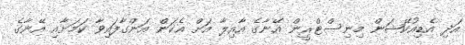
އަދި އެޑިއުކޭޝަން މިނިސްޓްރީން އޭނާގެ އާއިލާ އަށް އެކަން އަންގާފައިވާ ކަމަށާއި އޭނާގެ